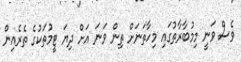
ވެސް ވަނީ މިމުބާރާތުގައި މިހާތަނަށް ތިން ވަނަ އަށް ދިޔަ ޓީމުތަކުގެ ތެރެއިން